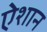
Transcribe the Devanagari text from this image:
ऐशान